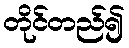
တိုင်တည်၍